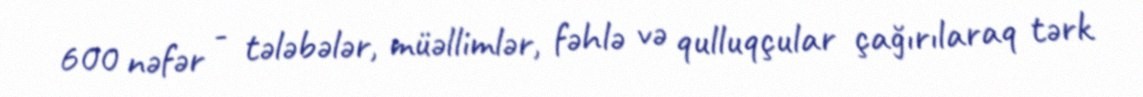
600 nəfər - tələbələr, müəllimlər, fəhlə və qulluqçular çağırılaraq tərk